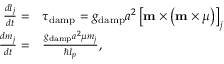
\begin{array} { r l } { \frac { d I _ { j } } { d t } = } & { { } \tau _ { \mathrm { d a m p } } = g _ { \mathrm { d a m p } } a ^ { 2 } \left[ \mathbf { m } \times \left( \mathbf { m } \times \boldsymbol { \mu } \right) \right] _ { j } } \\ { \frac { d m _ { j } } { d t } = } & { { } \frac { g _ { \mathrm { d a m p } } a ^ { 2 } \mu m _ { j } } { \hbar I _ { p } } , } \end{array}